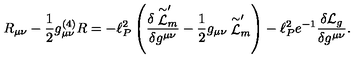
R _ { \mu \nu } - { \frac { 1 } { 2 } } g _ { \mu \nu } ^ { ( 4 ) } R = - \ell _ { P } ^ { 2 } \left( \frac { \delta \stackrel { \sim } { \cal L } _ { m } ^ { \prime } } { \delta g ^ { \mu \nu } } - { \frac { 1 } { 2 } } g _ { \mu \nu } \stackrel { \sim } { \cal L } _ { m } ^ { \prime } \right) - \ell _ { P } ^ { 2 } e ^ { - 1 } \frac { \delta { \cal L } _ { g } } { \delta g ^ { \mu \nu } } .